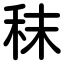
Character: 秣